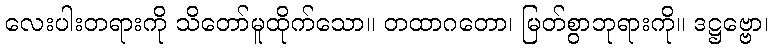
လေးပါးတရားကို သိတော်မူထိုက်သော။ တထာဂတော၊ မြတ်စွာဘုရားကို။ ဒဋ္ဌဗ္ဗော၊